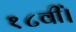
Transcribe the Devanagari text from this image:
१८वीं।